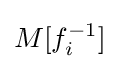
M[f_{i}^{-1}]